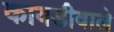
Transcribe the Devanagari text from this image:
कावडीवाले